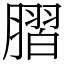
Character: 䐲